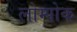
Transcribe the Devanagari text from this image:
लोम्पोक